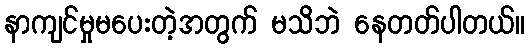
နာကျင်မှုမပေးတဲ့အတွက် မသိဘဲ နေတတ်ပါတယ်။